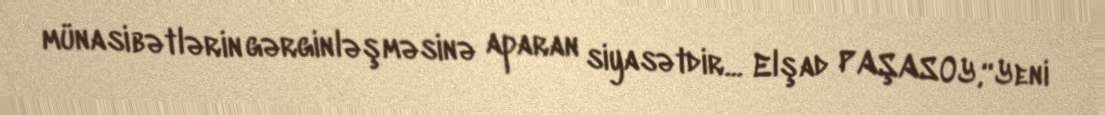
münasibətlərin gərginləşməsinə aparan siyasətdir... Elşad PAŞASOY,“Yeni